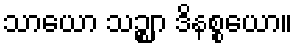
သာယော သဉ္ဈာ ဒိနစ္စယော။